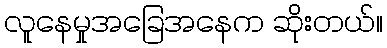
လူနေမှုအခြေအနေက ဆိုးတယ်။